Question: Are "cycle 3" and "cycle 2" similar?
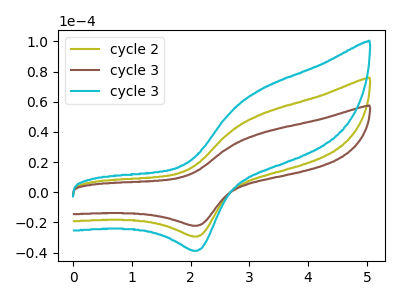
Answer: <think>The olive curve "cycle 2" has an anodic peak at (3.20V, 51.40uA) and a cathodic peak at (2.10V, -29.40uA). The brown curve "cycle 3" has an anodic peak at (3.20V, 38.90uA) and a cathodic peak at (2.10V, -22.25uA). The cyan curve "cycle 3" has an anodic peak at (3.20V, 102.85uA) and a cathodic peak at (2.10V, -58.80uA).
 All the peaks in "cycle 3" have a peak in "cycle 2" at the same potential. Every peak in "cycle 3" is lower than every peak in "cycle 2".</think>
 <answer>"cycle 3" and "cycle 2" are similar in shape.</answer>
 <eval>same_shape</eval>